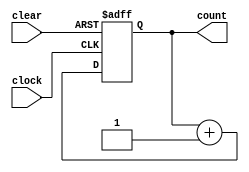
// Parameterized design N-bit counter

module counter(clear,clock,count);
parameter N = 7;
input clear,clock;
output reg[0:N] count;

always @(posedge clock, posedge clear)
 if(clear)
 count<=0;
 else 
 count<=count+1;
endmodule